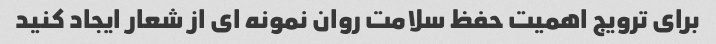
برای ترویج اهمیت حفظ سلامت روان نمونه ای از شعار ایجاد کنید